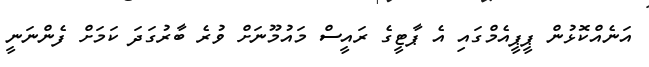
އަނެއްކޮޅުން ޕީޕީއެމްގައި އެ ޕާޓީގެ ރައީސް މައުމޫނަށް ވުރެ ބާރުގަދަ ކަމަށް ފެންނަނީ